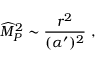
{ \widehat M } _ { P } ^ { 2 } \sim { \frac { r ^ { 2 } } { ( \alpha ^ { \prime } ) ^ { 2 } } } ~ ,